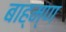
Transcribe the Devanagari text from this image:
बाह्म्ण